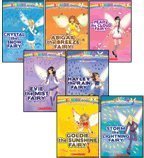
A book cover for The Weather Fairies Complete Set, Books 1-7: Crystal the Snow Fairy, Abigail the Breeze Fairy, Pearl the Cloud Fairy, Goldie the Sunshine Fairy, Evie the Mist Fairy, Storm the Lightning Fairy, and Hayley the Rain Fairy (Rainbow Magic); Daisy Meadows; Science & Math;